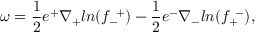
\omega = { \frac { 1 } { 2 } } e ^ { + } \nabla _ { + } l n ( f _ { - } ^ { ~ + } ) - { \frac { 1 } { 2 } } e ^ { - } \nabla _ { - } l n ( f _ { + } ^ { ~ - } ) ,